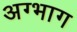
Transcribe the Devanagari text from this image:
अग्भाग